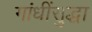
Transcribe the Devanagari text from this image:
गांधींसुद्धा